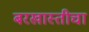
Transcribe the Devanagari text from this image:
बरखास्तीचा